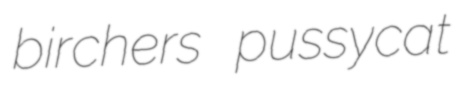
birchers pussycat